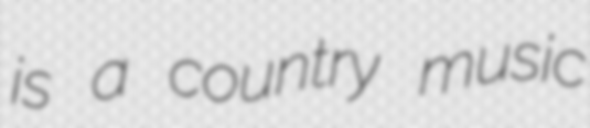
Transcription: is a country music